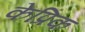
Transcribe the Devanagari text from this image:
केप्रिक